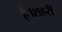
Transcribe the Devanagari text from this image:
है।शहरी